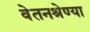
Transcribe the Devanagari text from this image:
वेतनश्रेण्या